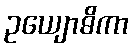
ဥယျောဓိကာ